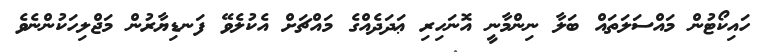
ހައިކޯޓުން މައްސަލަތައް ބަލާ ނިންމާނީ އޮނަހިރި ޢަދަދެއްގެ މައްޗަށް އެކުލެވޭ ފަނޑިޔާރުން މަޖްލިހަކުންނެވެ